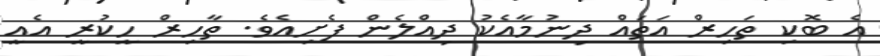
އެ ބޮކި ތަހިރް އަތައް ދިނުމާއެކު ދިއްލެން ފެށިއެވެ. ތާހިރް ހީކުރީ އެއީ